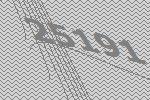
25191